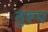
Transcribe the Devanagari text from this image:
तुरूप